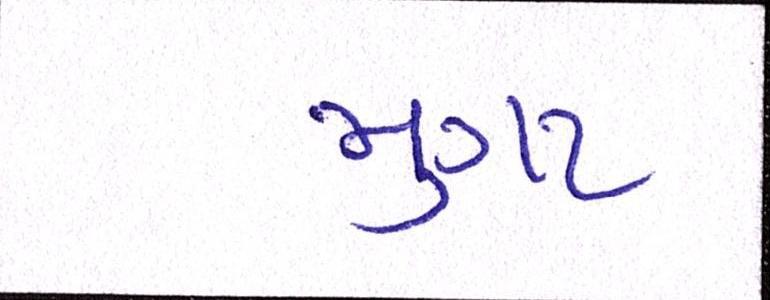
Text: મુગટ